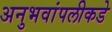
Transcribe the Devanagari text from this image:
अनुभवांपलीकडे